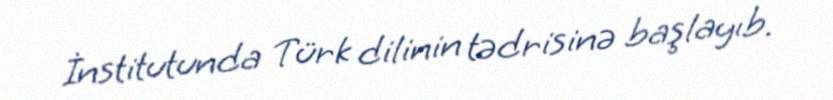
İnstitutunda Türk dilinin tədrisinə başlayıb.